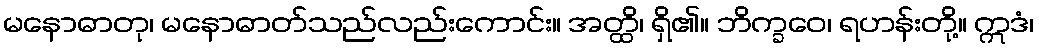
မနောဓာတု၊ မနောဓာတ်သည်လည်းကောင်း။ အတ္ထိ၊ ရှိ၏။ ဘိက္ခဝေ၊ ရဟန်းတို့။ ဣဒံ၊